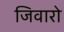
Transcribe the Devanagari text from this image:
जिवारो